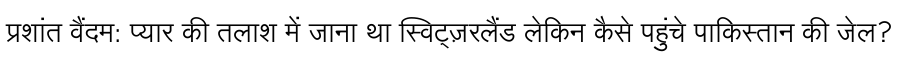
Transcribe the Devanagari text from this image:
प्रशांत वैंदम: प्यार की तलाश में जाना था स्विट्ज़रलैंड लेकिन कैसे पहुंचे पाकिस्तान की जेल?